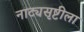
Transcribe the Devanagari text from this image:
नाट्यसृष्टीला